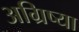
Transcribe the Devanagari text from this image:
अग्रिष्या